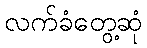
လက်ခံတွေ့ဆုံ